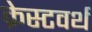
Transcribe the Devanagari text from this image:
क्रेस्टवर्थ